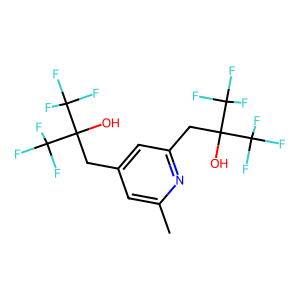
SMILES: Cc1cc(CC(O)(C(F)(F)F)C(F)(F)F)cc(CC(O)(C(F)(F)F)C(F)(F)F)n1
Inhibits HIV replication: No